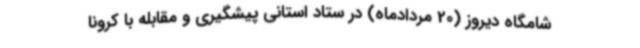
شامگاه دیروز (20 مردادماه) در ستاد استانی پیشگیری و مقابله با کرونا